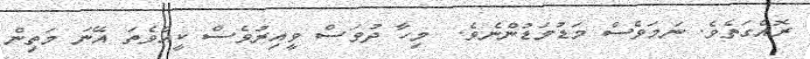
ރޮއެގަތެވެ. ނަމަވެސް މަޑުމަޑުންނެވެ.  މިހާ ދުވަސް ވީއިރުވެސް ކީއްވެތަ އޭނަ މަތިން